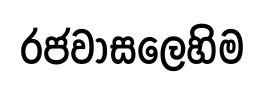
රජවාසලෙහිම